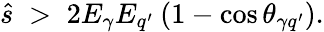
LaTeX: \hat{s}\; >\; 2E_{\gamma}E_{q^{\prime}}\: (1-\cos\theta_{\gamma q^{\prime}}).